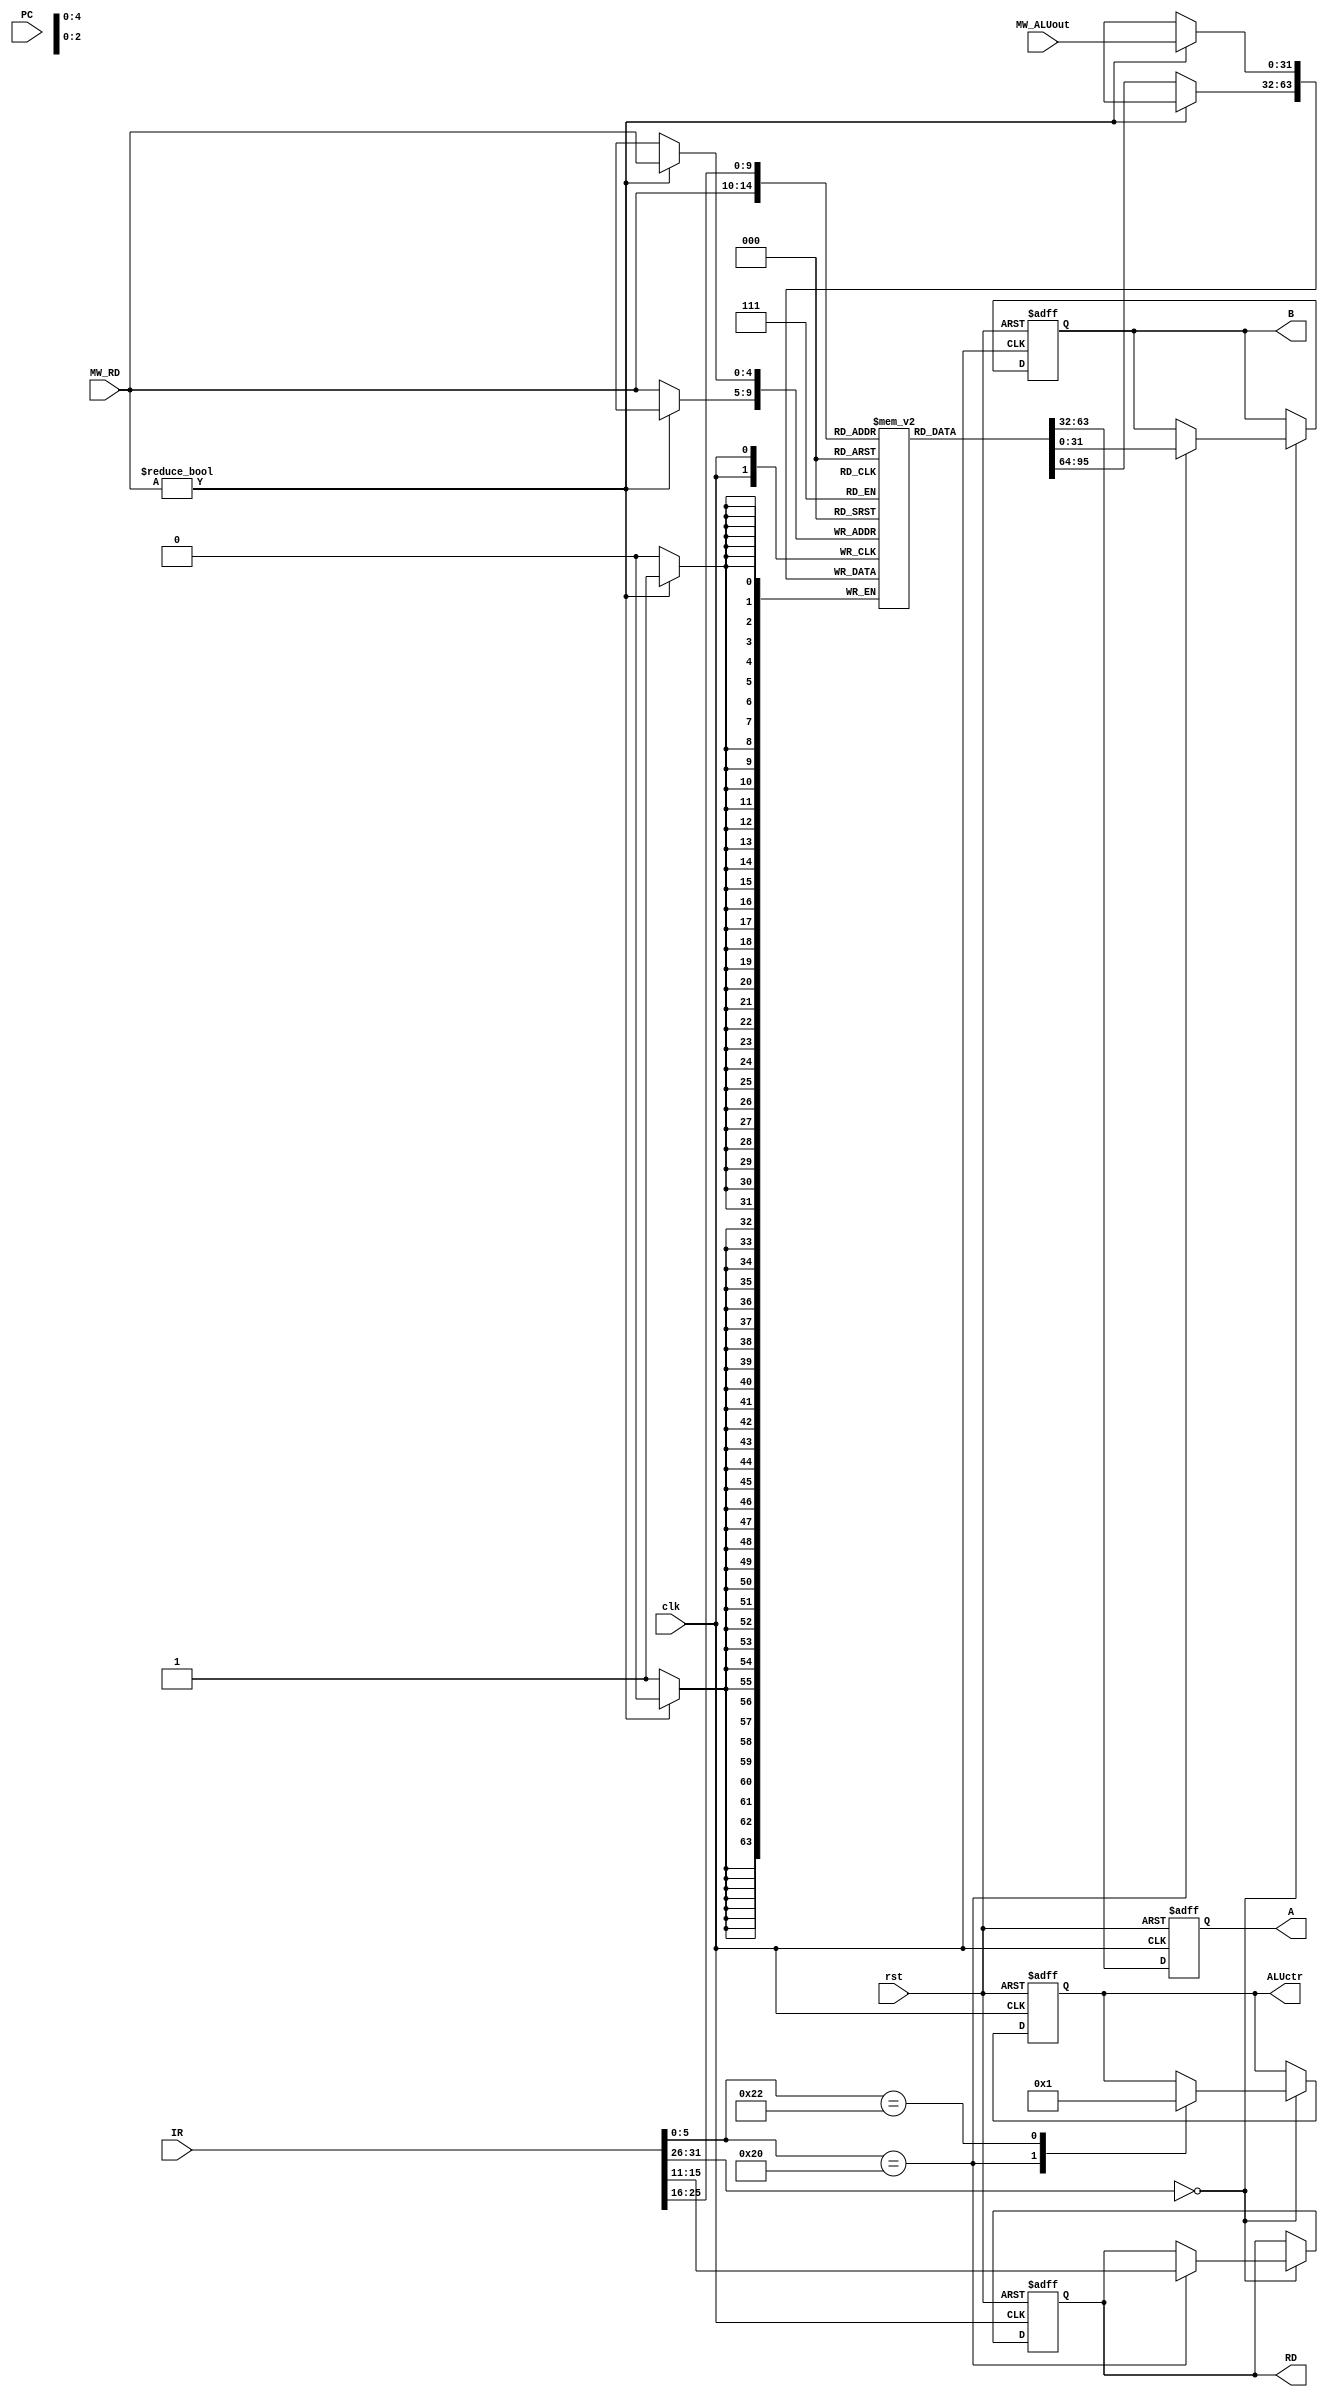
`timescale 1ns/1ps

module INSTRUCTION_DECODE(
	clk,
	rst,
	IR,
	PC,
	MW_RD,
	MW_ALUout,
	
	A,
	B,
	RD,
	ALUctr
);

input clk,rst;
input [31:0]IR, PC, MW_ALUout;
input [4:0] MW_RD;

output reg [31:0] A, B;
output reg [4:0] RD;
output reg [2:0] ALUctr;

//register file
reg [31:0] REG [0:31];

//Write back
always @(posedge clk)//add new Dst REG source here
	if(MW_RD)
	  REG[MW_RD] <= MW_ALUout;
	else
	  REG[MW_RD] <= REG[MW_RD];//keep REG[0] always equal zero

//set A, and other register content(j/beq flag and address)	
always @(posedge clk or posedge rst)
begin
	if(rst) 
	  begin
	    A 	<=32'b0;
	  end 
	else 
	  begin
	    A 	<=REG[IR[25:21]];
	  end
end

//set control signal, choose Dst REG, and set B	
always @(posedge clk or posedge rst)
begin
	if(rst) 
	  begin
		B 		<=32'b0;
		RD 		<=5'b0;
		ALUctr 	<=3'b0;
	  end 
	else 
	  begin
	    case(IR[31:26])
		  6'd0://R-Type
		    begin
			  case(IR[5:0])//funct & setting ALUctr
			    6'd32://add
				  begin
		            B	<=REG[IR[20:16]];
		            RD	<=IR[15:11];
					ALUctr <=3'd0;//self define ALUctr value
				  end
				6'd34://sub
				  begin
					//define sub behavior here
					ALUctr <=3'd1;//self define ALUctr value
				  end
				6'd42://slt
				  begin
					//define slt behavior here
				  end
			  endcase
			end
	      6'd35://lw
			begin
			  //define lw behavior here
			end
	      6'd43://sw
			begin
			  //define sw behavior here
			end
	      6'd4://beq
			begin
			  //define beq behavior here
			end
	      6'd2://j
			begin
			  //define j behavior here
			end
		endcase
	  end
end
endmodule